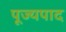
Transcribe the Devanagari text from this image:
पूज्‍यपाद